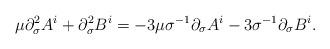
LaTeX: \begin{align*}\mu \partial^2_\sigma A^i + \partial_\sigma^2 B^i = - 3\mu \sigma^{-1} \partial_\sigma A^i - 3\sigma^{-1} \partial_\sigma B^i.\end{align*}